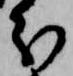
分